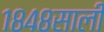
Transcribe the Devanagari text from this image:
१८४८साली